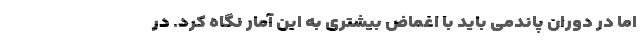
اما در دوران پاندمی باید با اغماض بیشتری به این آمار نگاه کرد. در